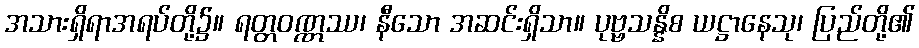
အသားရှိရာအရပ်တို့၌။ ရတ္တဝဏ္ဏဿ၊ နီသော အဆင်းရှိသာ။ ပုဗ္ဗသန္နိစ ယဋ္ဌာနေသု၊ ပြည်တို့၏